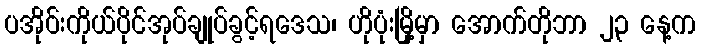
ပအိုဝ်းကိုယ်ပိုင်အုပ်ချုပ်ခွင့်ရဒေသ၊ ဟိုပုံးမြို့မှာ အောက်တိုဘာ ၂၃ နေ့က